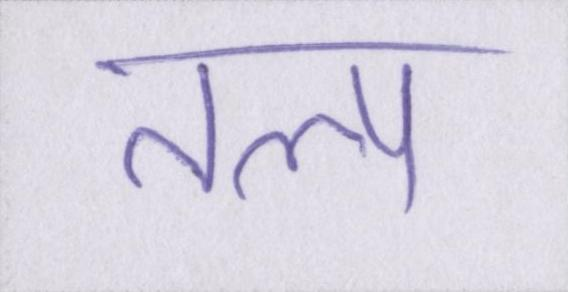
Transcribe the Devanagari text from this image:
तल्प